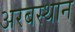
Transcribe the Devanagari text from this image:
अरबस्थान